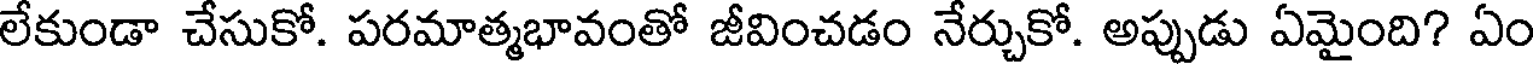
లేకుండా చేసుకో. పరమాత్మభావంతో జీవించడం నేర్చుకో. అప్పుడు ఏమైంది? ఏం